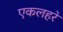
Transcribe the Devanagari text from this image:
एकलहरे